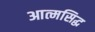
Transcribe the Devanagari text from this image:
आत्मसिद्ध